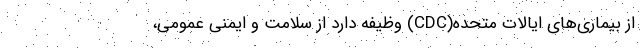
از بیماری‌های ایالات متحده(CDC) وظیفه دارد از سلامت و ایمنی عمومی،